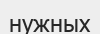
нужных